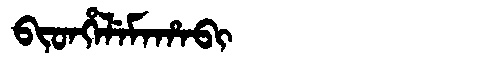
Manchu: ᠪᡳᡨᡥᡝᠯᡝᠮᠠᡥᠠᠪᡳ
Romanization: BITHELEMAHABI